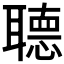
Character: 𦗟